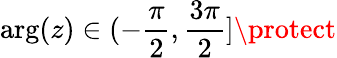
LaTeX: \arg(z)\in(-\frac{\pi}{2},\frac{3\pi}{2}]\protect